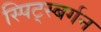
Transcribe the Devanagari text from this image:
स्पिट्स्बर्गन